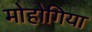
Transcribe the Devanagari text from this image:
मोहोगिया